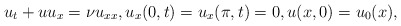
\begin{align*} u_t + uu_x &=\nu u_{xx}, u_x(0,t)=u_x(\pi,t) = 0, u(x,0) = u_0(x),\end{align*}